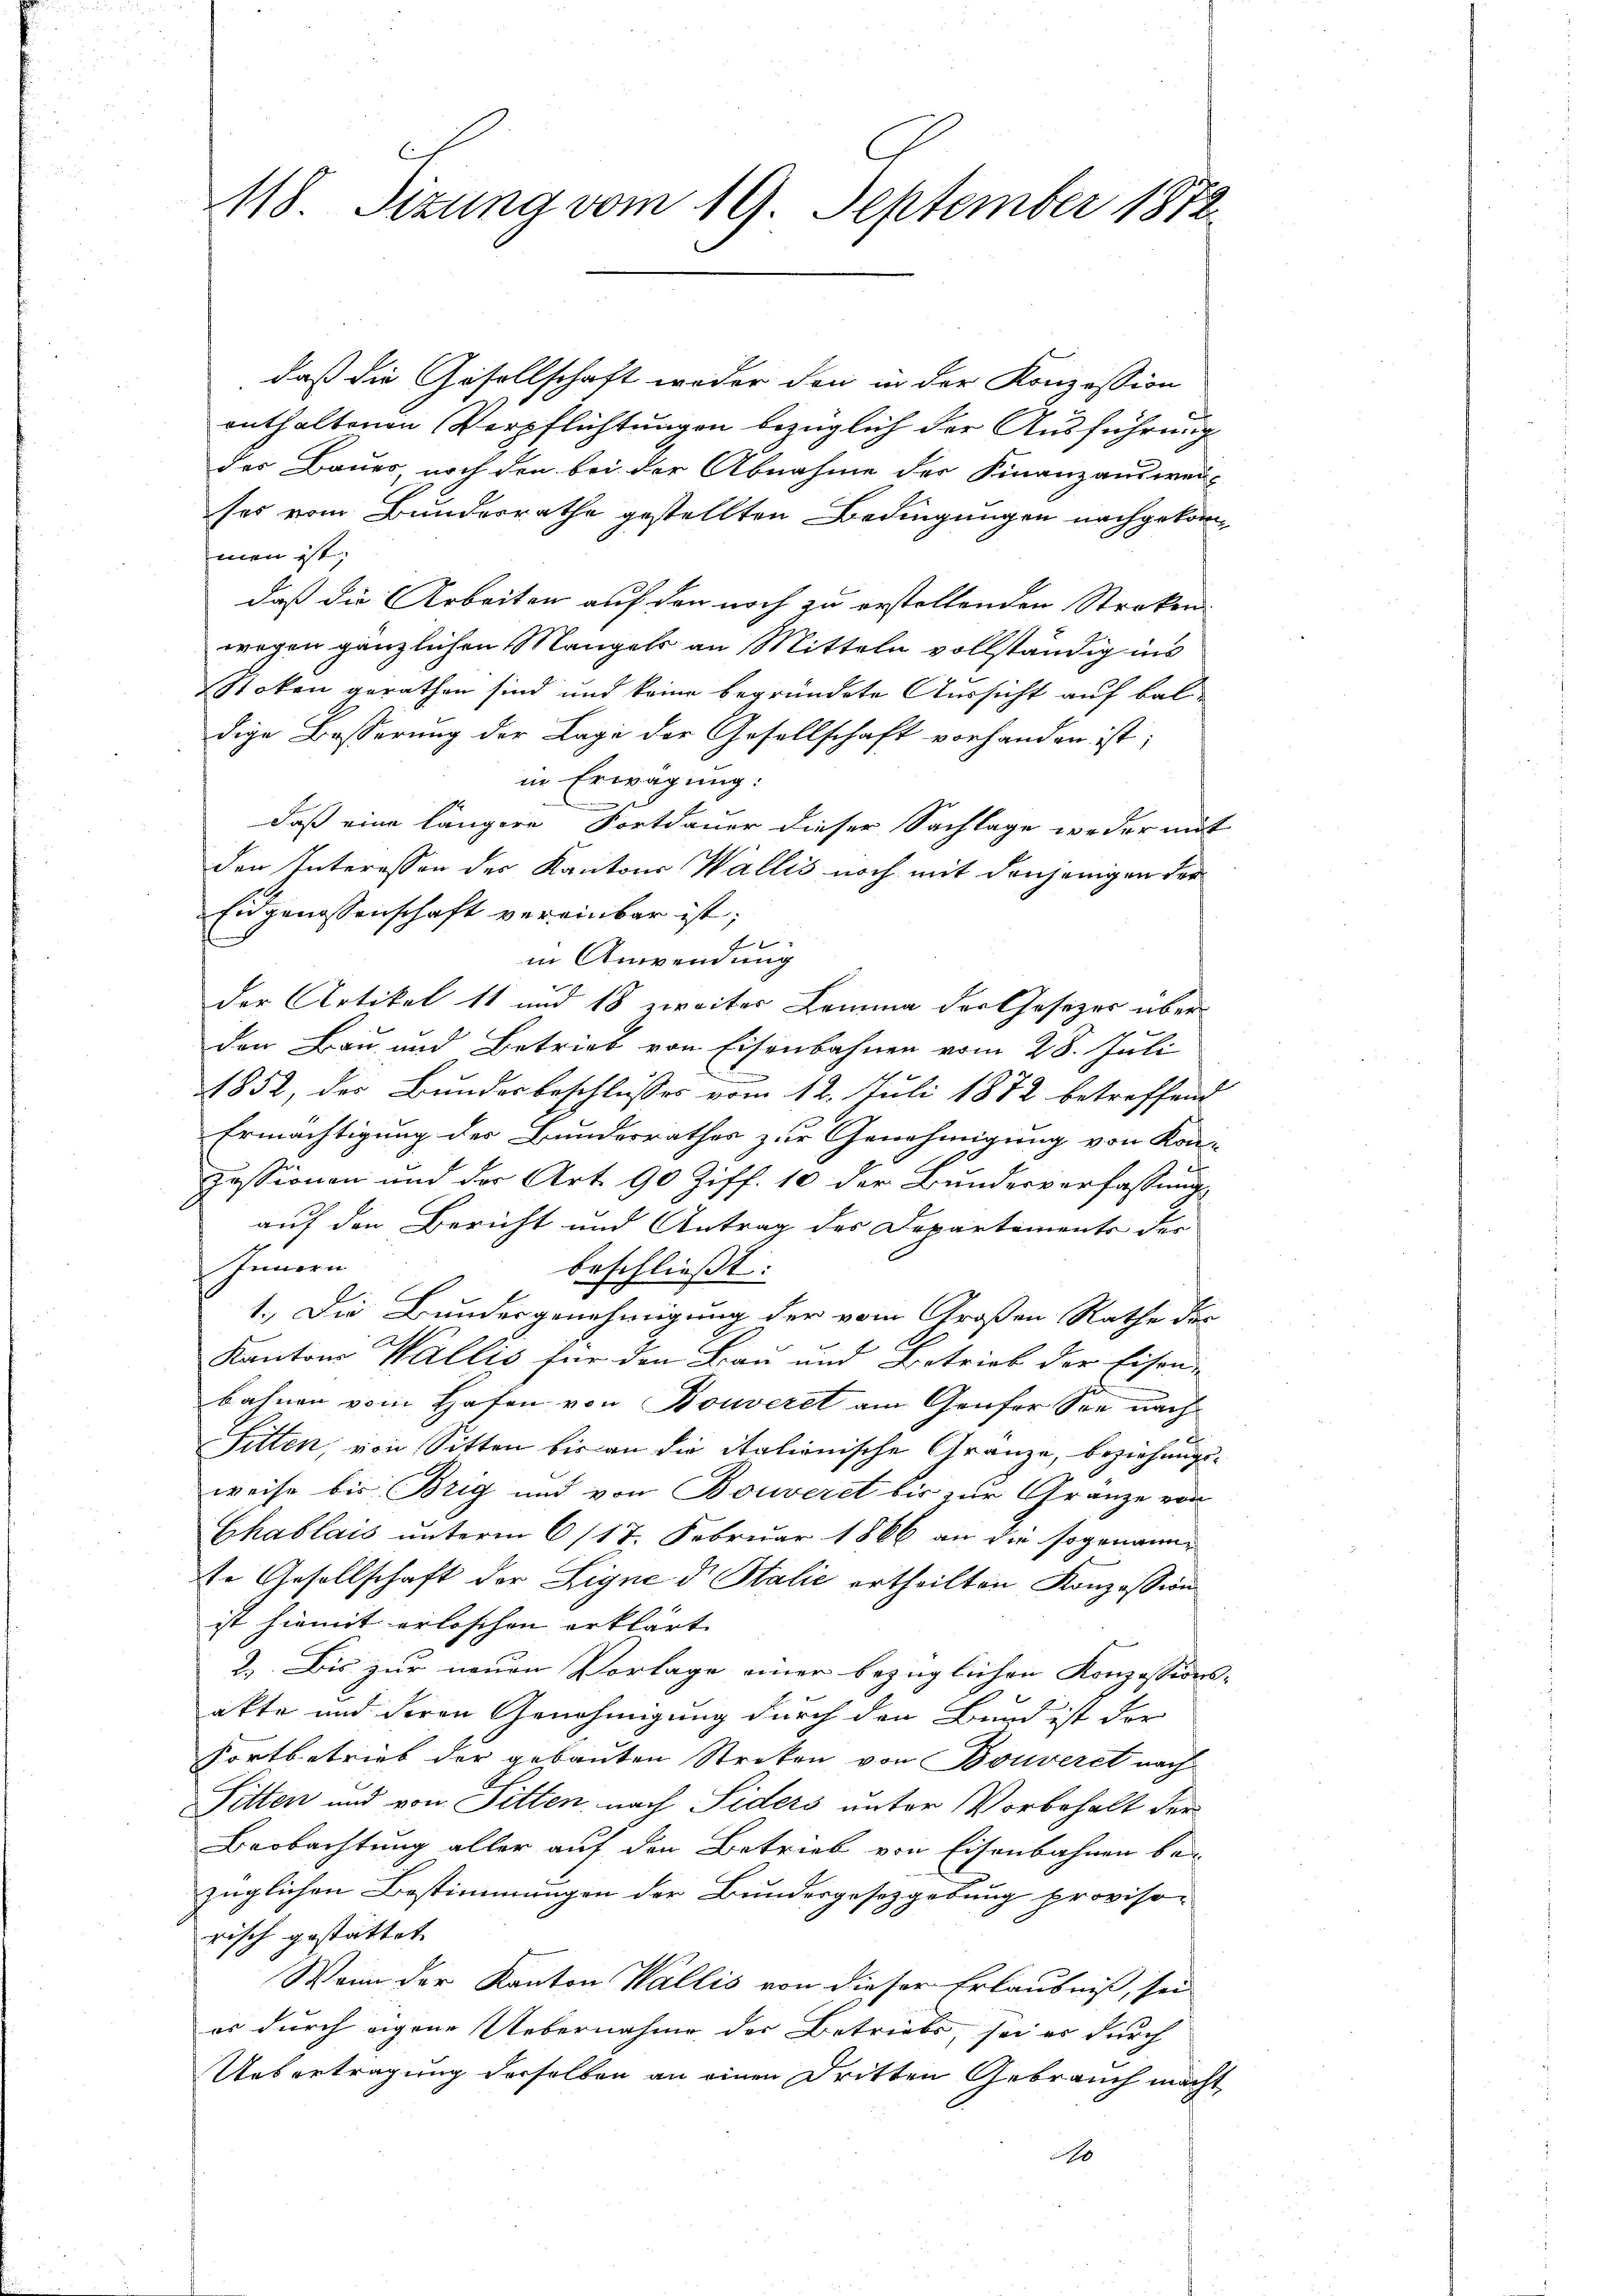
118. Sizung vom 19. September 1872

daß die Gesellschaft weder den in der Konzession
enthaltenen Verpflichtungen bezüglich der Ausführung
des Bauer noch den bei der Abnahme der Finanzauswei-
ses vom Bundesrathe gestellten Bedingungen nachgekommen ist;
daß die Arbeiten auf den noch zu erstellenden Streken-
wegen gänzlichen Mangels an Mitteln vollständig ins
Stoken gerathen sind und keine begründete Aussicht auf baldige Besserung der Lage der Gesellschaft vorhanden ist;
in Erwägung:
daß eine längere Fortdauer dieser Sachlage weder mit
den Interessen des Kantons Wallis noch mit denjenigen der
Eidgenossenschaft vereinbar ist;
in Anwendung
der Artikel 11 und 18 zweiter Lemma der Gesezes überden Bau und Betrieb von Eisenbahnen vom 28. Juli
1852, der Bundesbeschlusses vom 12. Juli 1872 betreffend
Ermächtigung der Bundesrathes zur Genehmigung von Kon-
zessionen und der Art. 90 Ziff. 10 der Bundesverfassung
auf den Bericht und Antrag des Departements der
Innern
beschließt:
1.) Die Bundesgenehmigung der vom Großen Rathe der
Kantons Wallis für den Bau und Betrieb der Eisenbahnen vom Hafen von Bouveret am Genfer See nach
Sitten, von Sitten bis an die italienische Gränze, beziehungsweise bis Brig und von Bouveret bis zur Granze von
Chablais unterm 6/17. Februar 1866 an die sogenann¬
Er Gesellschaft der Eigne der Stalie ertheilten Konzession
ist hiemit erloschen erklärt
2.) Bis zur neuen Vorlage einer bezüglichen Konzessions-
akte und deren Genehmigung durch den Bund ist der
Fortbetrieb der gebauten Strikon von Bouveret nach
Pitten und von Sitten, nach Siders unter Vorbehalt der
Beobachtung aller auf den Betrieb von Eisenbahnen be
züglichen Bestimmungen der Bundesgesetzgebung provisorisch gestattet
Wann der Kanton Wallis von dieser Erlaubniß, sei
er durch eigene Uebernahme der Betriebes, sei es durch
Uebertragung derselben an einen Dritten Gebrauch macht,
6